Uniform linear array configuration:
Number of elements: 12
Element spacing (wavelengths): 0.25
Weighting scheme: blackman
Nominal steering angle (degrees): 30
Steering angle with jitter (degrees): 29.444
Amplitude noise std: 0.05
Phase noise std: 0.05

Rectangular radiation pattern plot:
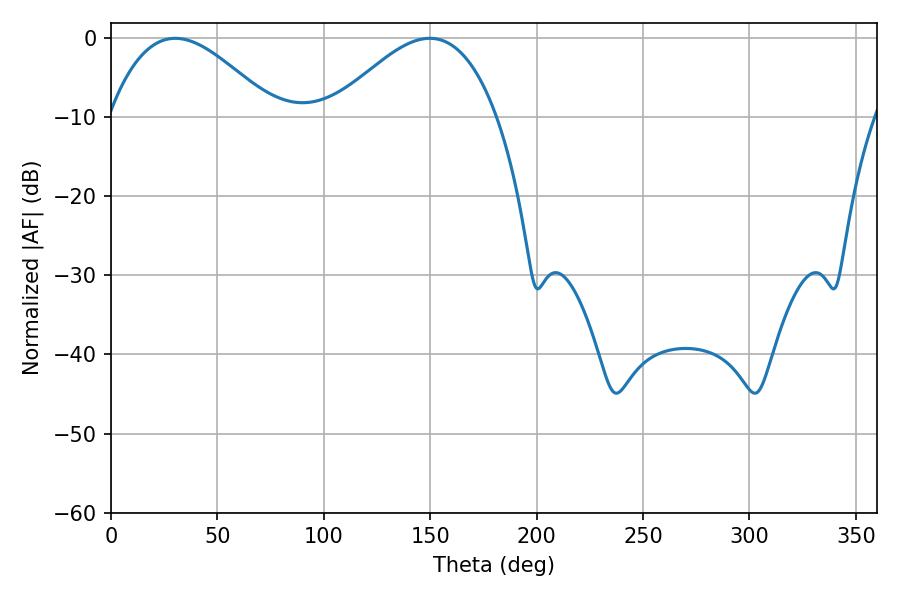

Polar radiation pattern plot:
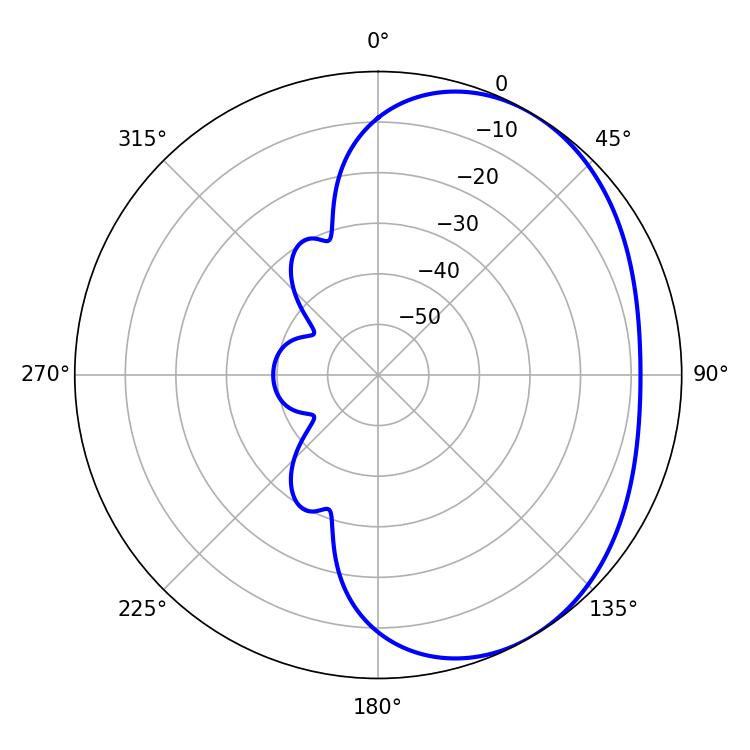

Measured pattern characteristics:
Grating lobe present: FALSE
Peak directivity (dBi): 3.337
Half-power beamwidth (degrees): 41.94
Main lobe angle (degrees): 149.76